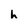
Character: h